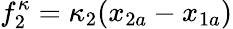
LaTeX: f_{2}^{\kappa}=\kappa_{2}(x_{2a}-x_{1a})